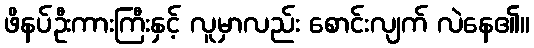
ဖိနပ်ဦးကားကြီးနှင့် လူမှာလည်း စောင်းလျက် လဲနေ၏။